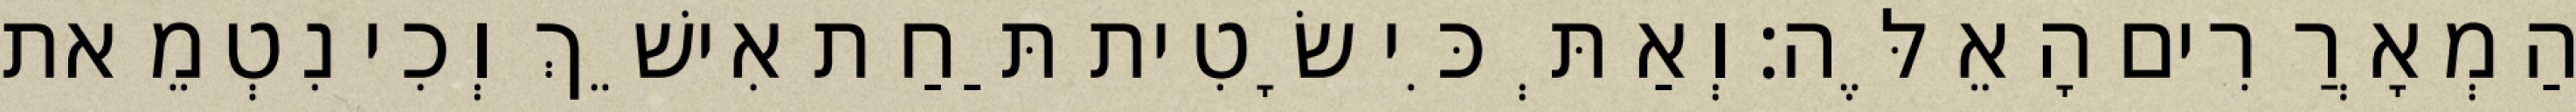
הַמְאָרֲרִים הָאֵלֶּה׃ וְאַתְּ כִּי שָׂטִית תַּחַת אִישֵׁךְ וְכִי נִטְמֵאת